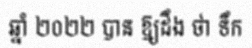
ឆ្នាំ ២០២២ បាន ឱ្យដឹង ថា ទឹក